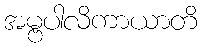
အမ္ဗပါလိကာယာတိ